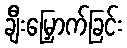
ချီးမြှောက်ခြင်း